Bulletin of the Pasteur Institute of Southern India, Coonoor - No. 1.
Year: 1908
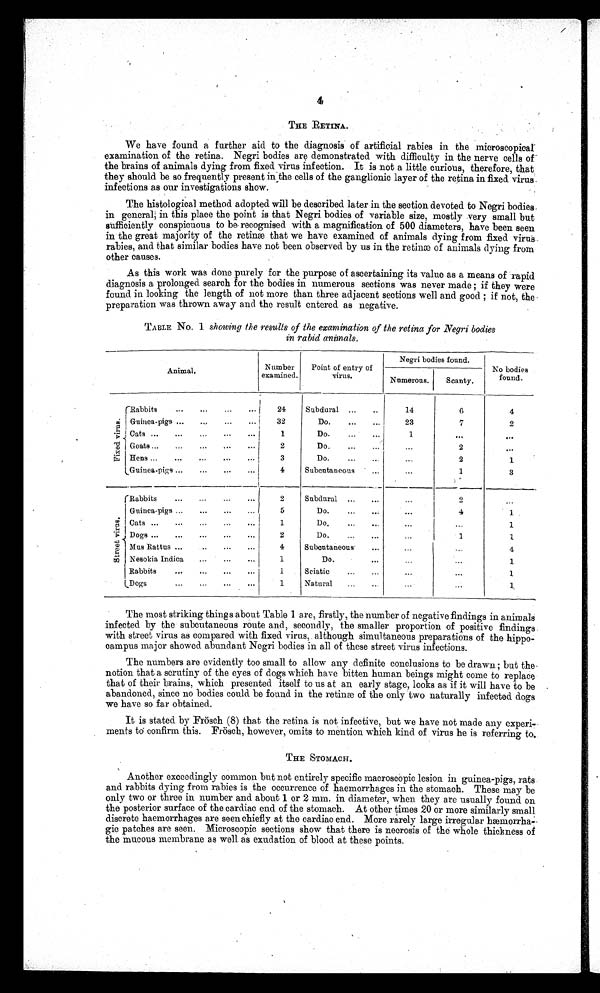
4
THE RETINA.
We have found a further aid to the diagnosis of artificial rabies in the microscopical
examination of the retina. Negri bodies are demonstrated with difficulty in the nerve cells
o f
t h e b r a i n s o f a n i m a l s d y i n g f r o m f i x e d v i r u s i n f e c t i o n . I t i s n o t a l i t t l e c u r i o u s , t h e r e f o r e , t h a t
they should be so frequently present in the cells of the ganglionic layer of the retina in fixed virus.
infections as our investigations show.
The histological method adopted will be described later in the section devoted to Negri bodies-
in general; in this place the point is that Negri bodies of variable size, mostly .very small but
sufficiently conspicuous to be. recognised with a magnification of 500 diameters, have been seen
in. the great majority of the retinæ that we have examined of animals dying from fixed virus -
rabies, and that similar bodies have not been observed by us in the retinæ of animals dying from
other causes.
As this work was done purely for the purpose of ascertaining its value as a means of rapid
diagnosis a prolonged search for the bodies in numerous sections was never made; they were
found in. looking the length of not more than three adjacent sections well and good ; if not, the
preparation was thrown away and the result entered as negative.
TABLE No. 1 showing the results of the examination of the retina for Negri bodies
in rabid animals.
Animal i
Number
examined,
Point of entry of
virus.
Negri bodies found.
No bodies
found.
Numerous.
Scanty.
I
(Rabbits
...
•••
...
...1
24
Subdural ...
..
14
6
4
IGuinea-pigs ...
...
...
... I
32
Do....
...
23
7
2
Cats ...
...
.• •
•••
••• 1
1
Do.
...
...
1
•••
•.•
Goats ...
...
...
,..
•••
2
Do,
.••
•••
. • .
2
•••
Do
-• •
2
1
Guinea-pigs ...
...
...
...
4
Subcutaneous
..
...
1
3
(Rabbits
...
...
•••
•••
2
Subdural -••
...
...
2
.• •
I Guinea pigs ...
...
...
...
...
4
I Cats ...
•••
...
•••
1
Do.
...
...
•••
•••
1
1
.;...
' Dogs ...
...
'
...
.•.
...
2
1
1
Mus Rattus ...
..
.••
•••
4
Subcutaneous
...
•••
4
Nesokia Indica
...
.••
•••
1
Do.
•••
•• •
•••
1
Rabbits
...
...
•••
1
Sciatic
..•
•••
•••
.•.
1
(Dogs
...
...
...
1
Natural
...
..
..•
...
1
The most striking things about Table 1 are, firstly, the number of negative findings in animals
infected by the subcutaneous route and, secondly, the smaller proportion of positive findings.
with street virus as compared with fixed virus,. although simultaneous preparations of the hippo-
campus major showed abundant Negri bodies in all of these street virus infections.
The numbers are evidently too small to allow any definite conclusions to be drawn ; but the
notion that a scrutiny of the eyes of dogs which have bitten human beings might come to replace
that of their brains, which presented itself to us at an early stage, looks as if it will have to be
abandoned., since no bodies could be found in the retina of the only two naturally infected dogs
we have so far obtained.
It is stated by Frösch (8) that the retina is not infective, but we have not made any experi-
ments to confirm this. Frösch, however, omits to mention which kind of virus he is referring to.
THE STOMACH.
Another exceedingly common but not entirely specific macroscopic lesion in guinea-pigs, rats
and rabbits dying from rabies is the occurrence of haemorrhages in the stomach. These may be
only two or three in number and about 1 or 2 mm. in diameter, when they are usually found on
the posterior surface of the cardiac end of the stomach. At other times 20 or more similarly small
discrete haemorrhages are seen chiefly at the cardiac end. More rarely large irregular hæmorrha-
gic patches are seen. Microscopic sections show that there is necrosis of the whole thickness of
the mucous membrane as well as exudation of blood at these points.